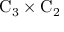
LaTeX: \mathrm { C } _ { 3 } \times \mathrm { C } _ { 2 }